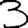
Digit: 3